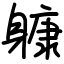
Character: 躿